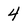
Character: 4